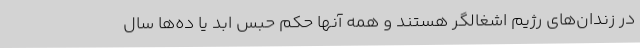
در زندان‌های رژیم اشغالگر هستند و همه آنها حکم حبس ابد یا ده‌ها سال